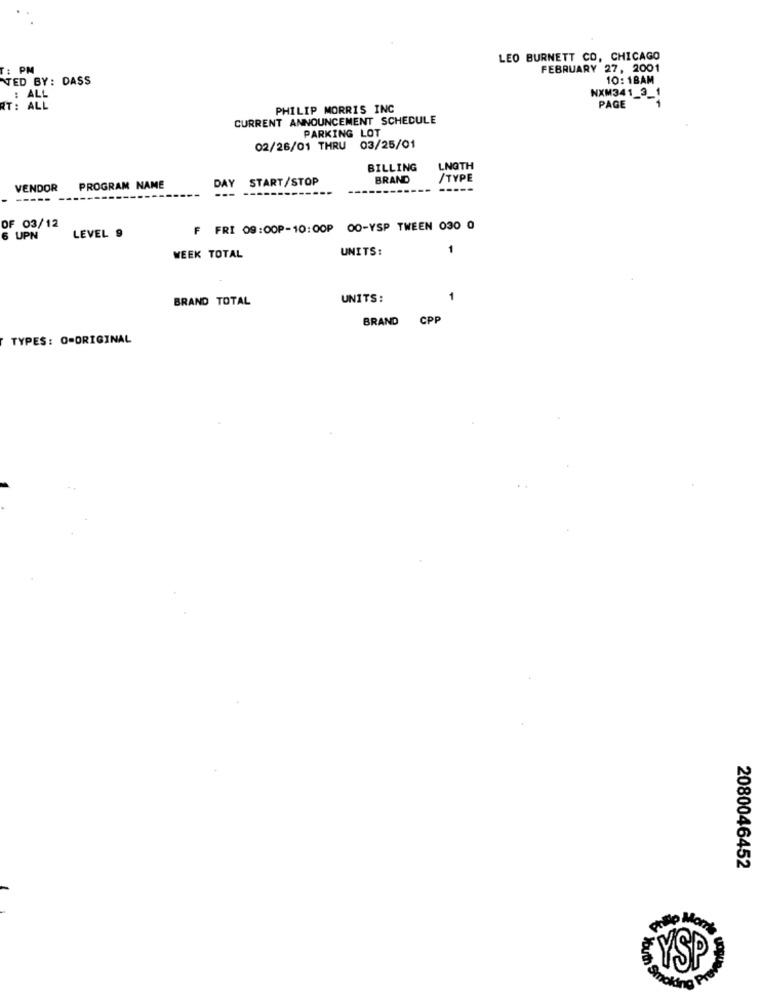
LEO BURNETT CO, CHICAGO
PM
FEBRUARY 27, 2001
NED BY: DASS
10: 18AM
NXM341_3_1
RT: ALL
PHILIP MORRIS INC
PAGE
CURRENT ANNOUNCEMENT SCHEDULE
PARKING LOT
02/26/01 THRU 03/25/01
BILLING
LNGTH
DAY START/STOP
BRAND
/TYPE
VENDOR
PROGRAM NAME
-----
OF 03/12
F FRI 09:00P-10:00P 00-YSP TWEEN 030 0
6 UPN
LEVEL 9
UNITS:
1
WEEK TOTAL
BRAND TOTAL
UNITS:
1
BRAND
CPP
TYPES: O=ORIGINAL
2080046452
YSP
Smoking Pro